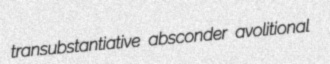
transubstantiative absconder avolitional